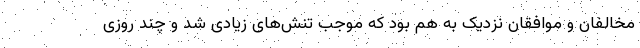
مخالفان و موافقان نزدیک به هم بود که موجب تنش‌های زیادی شد و چند روزی